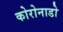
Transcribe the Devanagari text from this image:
कोरोनाडो